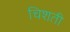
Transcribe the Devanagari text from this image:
चिशती